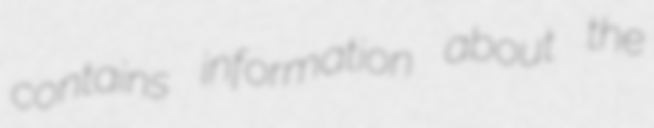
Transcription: contains information about the